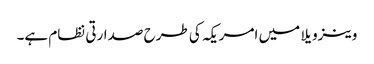
وینزویلا میں امریکہ کی طرح صدارتی نظام ہے۔